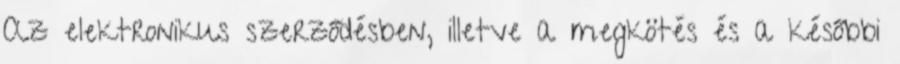
Az elektronikus szerződésben, illetve a megkötés és a későbbi